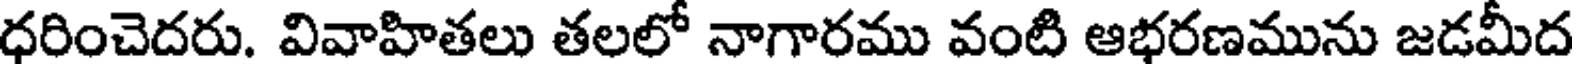
ధరించెదరు. వివాహితలు తలలో నాగారము వంటి ఆభరణమును జడమీద